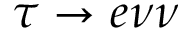
\tau \to e \nu \nu